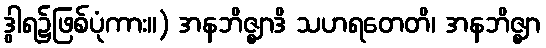
ဒွါရ၌ဖြစ်ပုံကား။) အနဘိဇ္ဈာဒိ သဟရတေတိ၊ အနဘိဇ္ဈာ